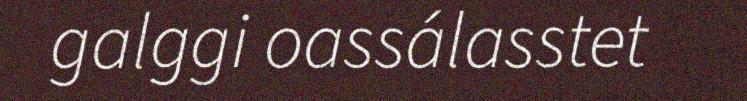
galggi oassálasstet